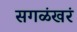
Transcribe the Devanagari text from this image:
सगळंखरं